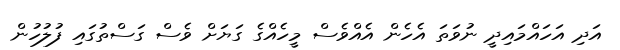
އަދި އަހައްމައިދީ ނުވަތަ އެހެން އެއްވެސް މީހެއްގެ ގަޔަށް ވެސް ގަސްތުގައި ފުލުހުން